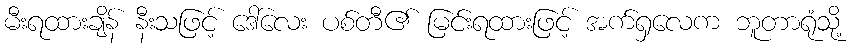
မီးရထားချိန် နီးသဖြင့် ဒေါ်လေး ပစ်တီ၏ မြင်းရထားဖြင့် အက်ရှလေက ဘူတာရုံသို့